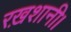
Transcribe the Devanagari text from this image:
रख़शानी।